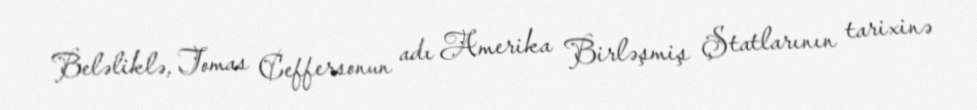
Beləliklə, Tomas Ceffersonun adı Amerika Birləşmiş Ştatlarının tarixinə